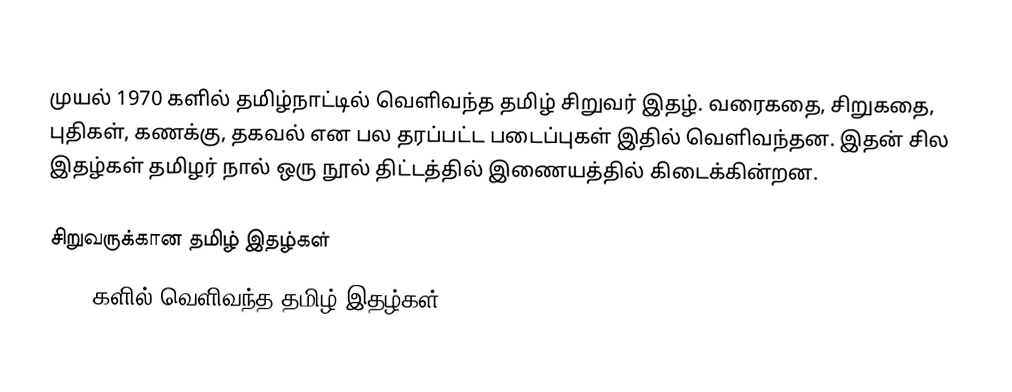
முயல் 1970 களில் தமிழ்நாட்டில் வெளிவந்த தமிழ் சிறுவர் இதழ்.  வரைகதை, சிறுகதை, புதிகள், கணக்கு, தகவல் என பல தரப்பட்ட படைப்புகள் இதில் வெளிவந்தன.  இதன் சில இதழ்கள் தமிழர் நால் ஒரு நூல் திட்டத்தில் இணையத்தில் கிடைக்கின்றன.

சிறுவருக்கான தமிழ் இதழ்கள்
1970 களில் வெளிவந்த தமிழ் இதழ்கள்